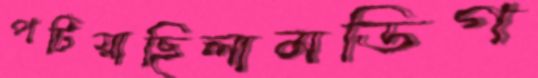
পটিয়াছিলামডিগ